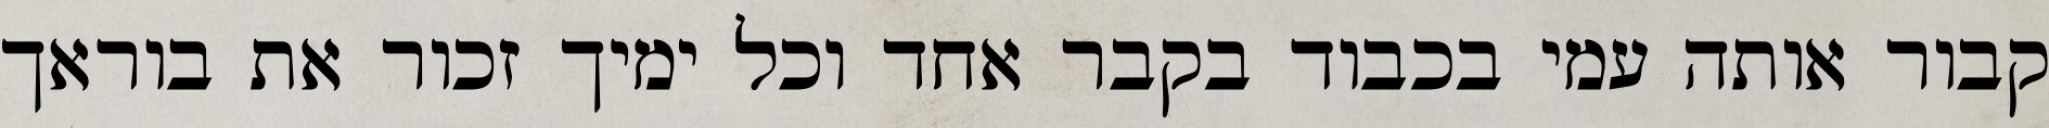
קבור אותה עמי בכבוד בקבר אחד וכל ימיך זכור את בוראך